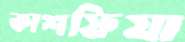
কাশফিয়া